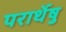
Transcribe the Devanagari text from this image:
परार्थेषु